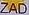
ZAD